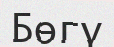
Бөгү